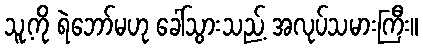
သူ့ကို ရဲဘော်မဟု ခေါ်သွားသည့် အလုပ်သမားကြီး။